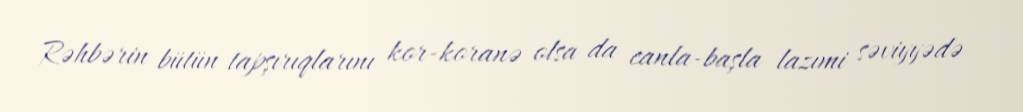
Rəhbərin bütün tapşırıqlarını kor-koranə olsa da canla-başla lazımi səviyyədə